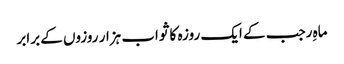
ماہِ رجب کے ایک روزہ کا ثواب ہزار روزوں کے برابر